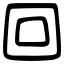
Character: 回